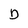
Character: D